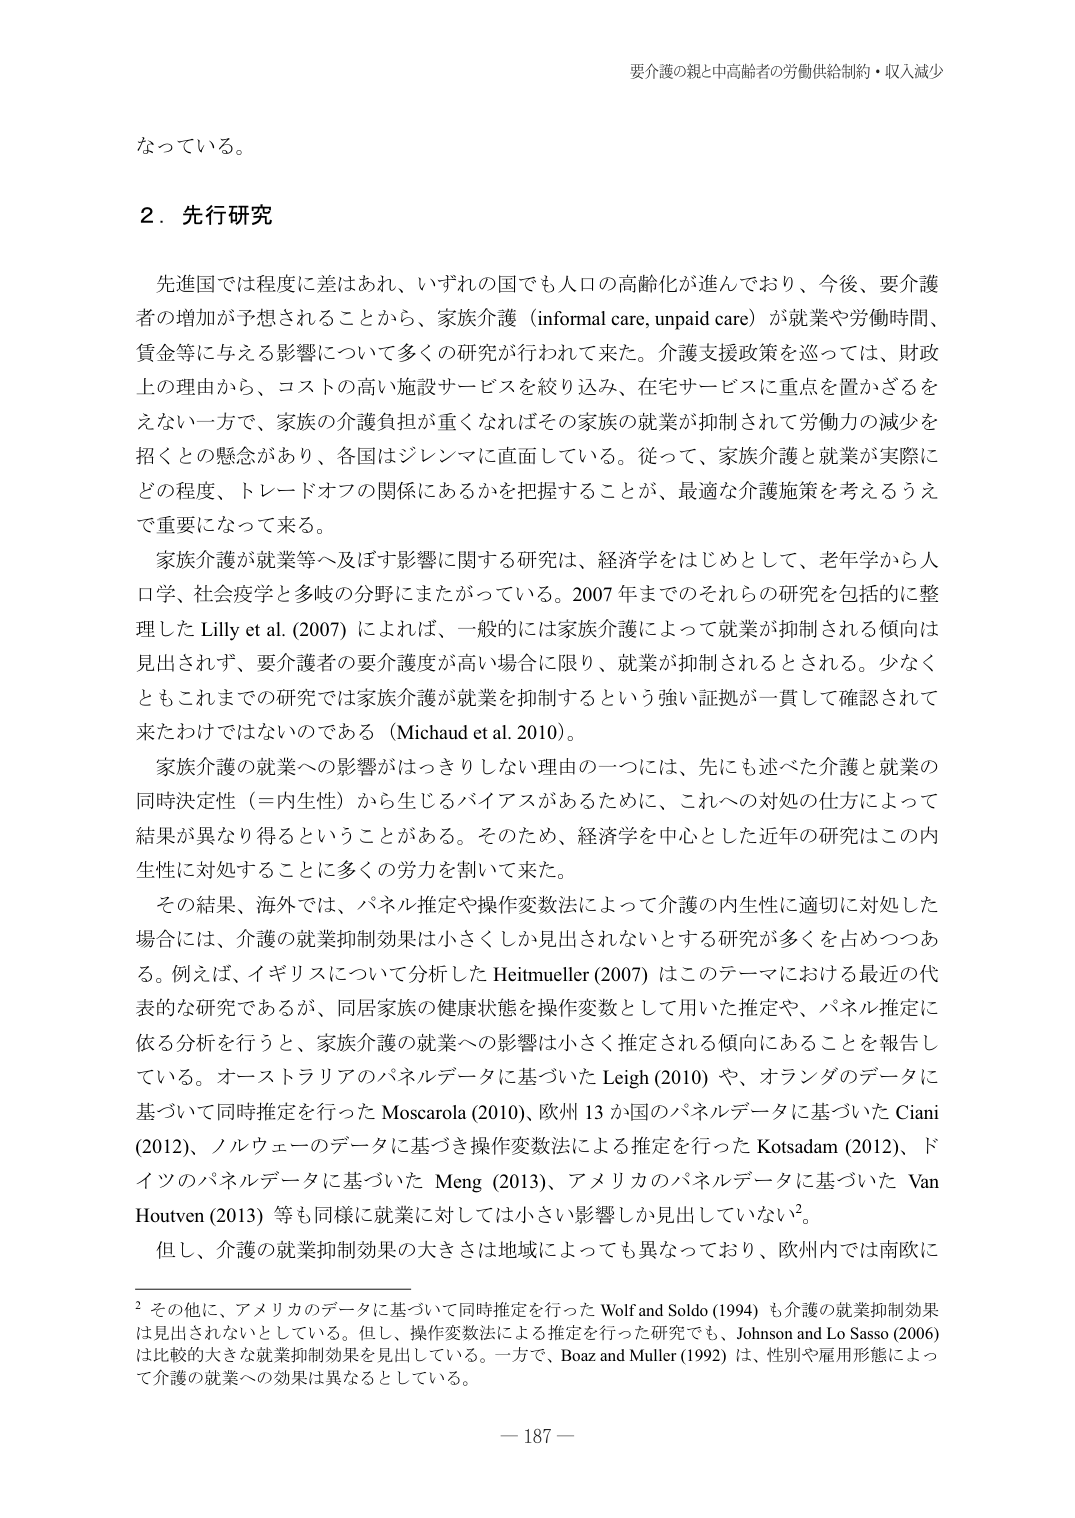
なっている。

２．先行研究

先進国では程度に差はあれ、いずれの国でも人口の高齢化が進んでおり、今後、要介護者の増加が予想されることから、家族介護（informal care, unpaid care）が就業や労働時間、賃金等に与える影響について多くの研究が行われて来た。介護支援政策を巡っては、財政上の理由から、コストの高い施設サービスを絞り込み、在宅サービスに重点を置かざるをえない一方で、家族の介護負担が重くなればその家族の就業が抑制されて労働力の減少を招くとの懸念があり、各国はジレンマに直面している。従って、家族介護と就業が実際にどの程度、トレードオフの関係にあるかを把握することが、最適な介護施策を考えうえで重要になって来る。

家族介護が就業等へ及ぼす影響に関する研究は、経済学をはじめとして、老年学から人口学、社会疫学と多岐の分野にまたがっている。2007 年までのそれらの研究を包括的に整理した Lilly et al. (2007) によれば、一般的には家族介護によって就業が抑制される傾向は見出されず、要介護者の要介護度が高い場合に限り、就業が抑制されるとされる。少なくともこれまでの研究では家族介護が就業を抑制するという強い証拠が一貫して確認されて来たわけではないのである（Michaud et al. 2010）。

家族介護の就業への影響がはっきりしない理由の一つには、先にも述べた介護と就業の同時決定性（＝内生性）から生じるバイアスがあるために、これへの対処の仕方によって結果が異なり得るということがある。そのため、経済学を中心とした近年の研究はこの内生性に対処することに多くの労力を割いて来た。

その結果、海外では、パネル推定や操作変数法によって介護の内生性に適切に対処した場合には、介護の就業抑制効果は小さくしか見出されないとする研究が多くを占めつつある。例えば、イギリスについて分析した Heitmueller (2007) はこのテーマにおける最近の代表的な研究であるが、同居家族の健康状態を操作変数として用いた推定や、パネル推定に依る分析を行うと、家族介護の就業への影響は小さく推定される傾向にあることを報告している。オーストラリアのパネルデータに基づいた Leigh (2010) や、オランダのデータに基づいて同時推定を行った Moscarola (2010)、欧州 13 か国のパネルデータに基づいた Ciani (2012)、ノルウェーのデータに基づき操作変数法による推定を行った Kotsadam (2012)、ドイツのパネルデータに基づいた Meng (2013)、アメリカのパネルデータに基づいた Van Houtven (2013) 等も同様に就業に対しては小さい影響しか見出していない²。

但し、介護の就業抑制効果の大きさは地域によっても異なっており、欧州内では南欧に

² その他に、アメリカのデータに基づいて同時推定を行った Wolf and Soldo (1994) も介護の就業抑制効果は見出されないとしている。但し、操作変数法による推定を行った研究でも、Johnson and Lo Sasso (2006) は比較的大きな就業抑制効果を見出している。一方で、Boaz and Muller (1992) は、性別や雇用形態によって介護の就業への効果は異なるとしている。

— 187 —

要介護の親と中高齢者の労働供給制約・収入減少